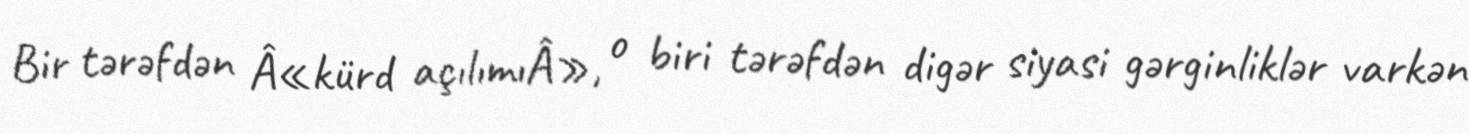
Bir tərəfdən Â«kürd açılımıÂ», o biri tərəfdən digər siyasi gərginliklər varkən